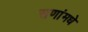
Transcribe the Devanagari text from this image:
सणांमधे